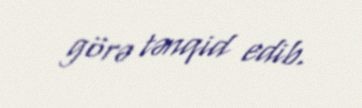
görə tənqid edib.